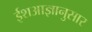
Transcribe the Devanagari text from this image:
ईशआज्ञानुसार